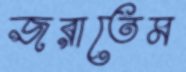
জরাতেম